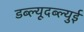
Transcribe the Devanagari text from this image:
डब्ल्यूदब्ल्युई